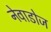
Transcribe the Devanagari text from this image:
नेवाडोज